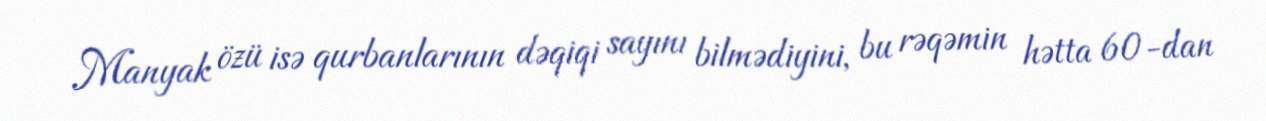
Manyak özü isə qurbanlarının dəqiqi sayını bilmədiyini, bu rəqəmin hətta 60-dan